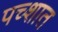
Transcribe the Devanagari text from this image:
पच्शात